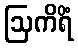
ဩကိရိံ